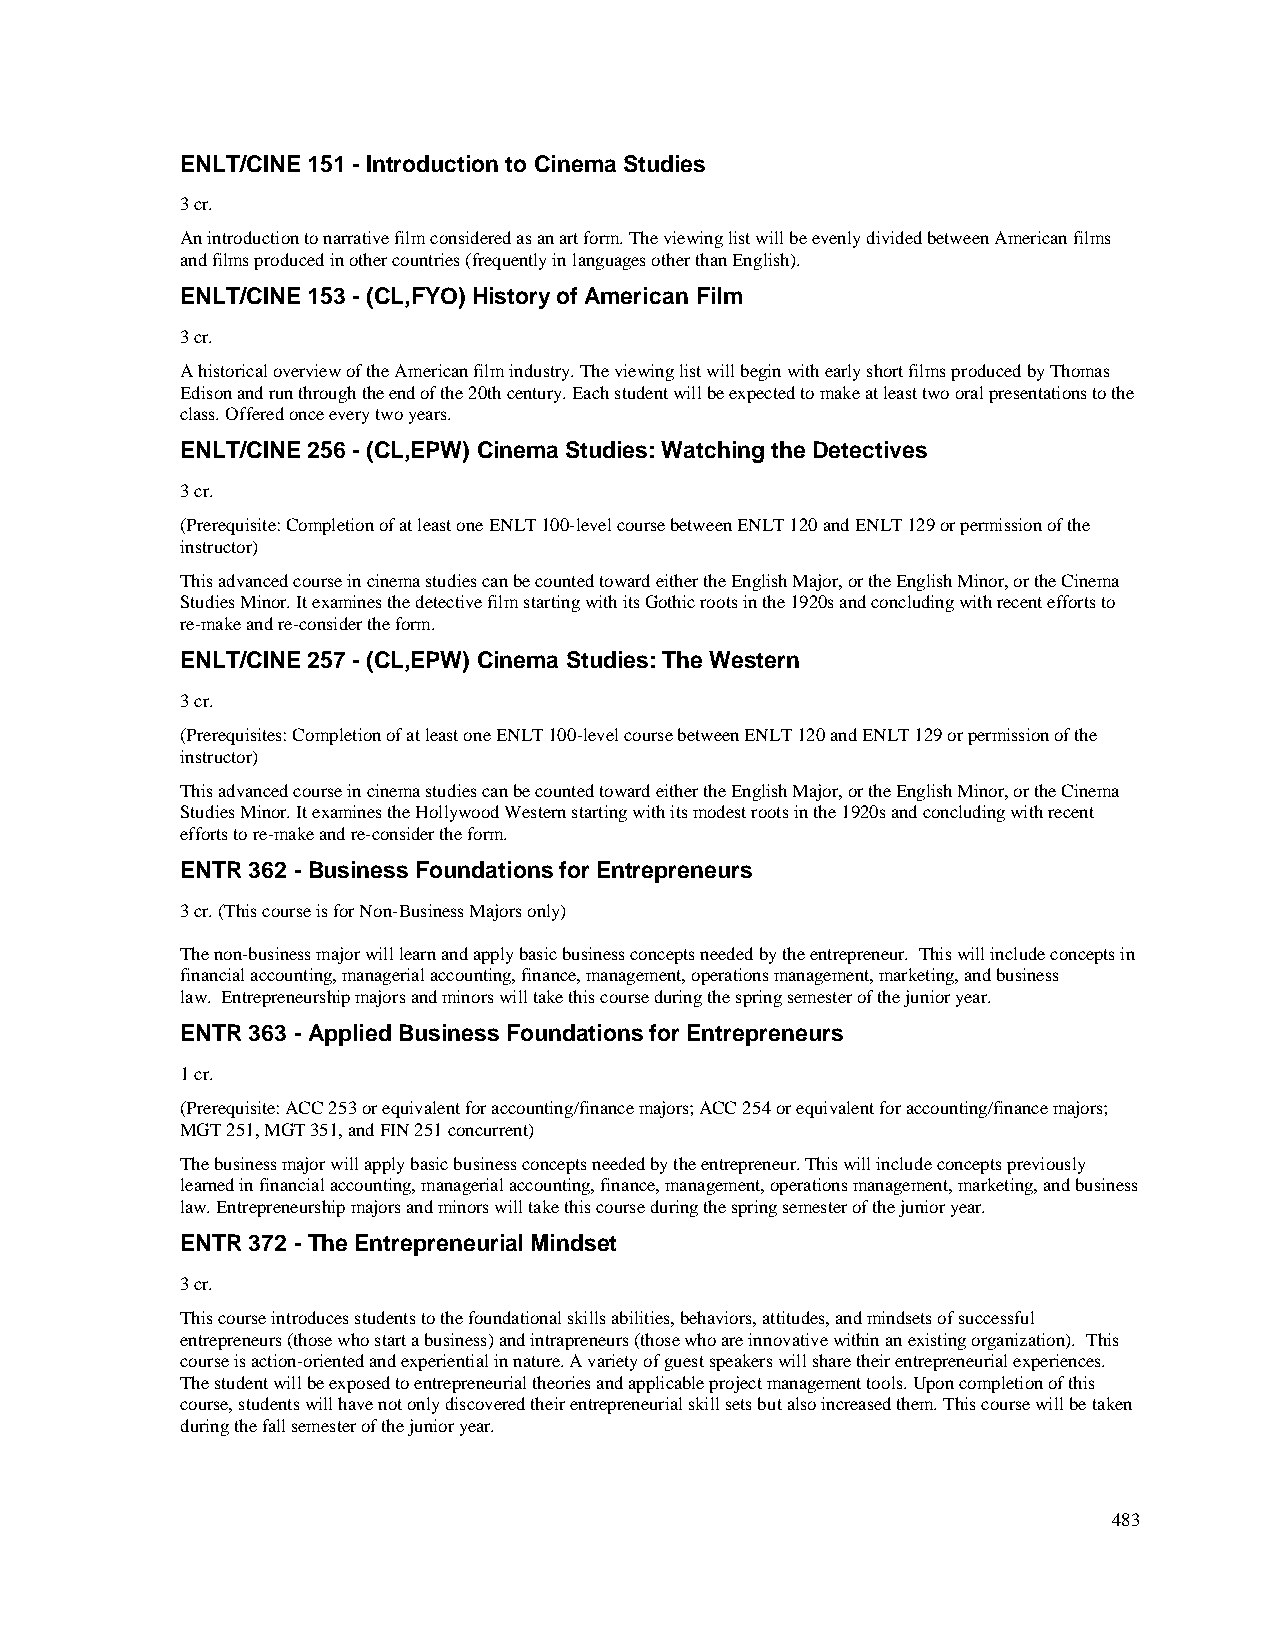
ENLT/CINE 151 - Introduction to Cinema Studies
 3 cr.
 An introduction to narrative film considered as an art form. The viewing list will be evenly divided between American films
 and films produced in other countries (frequently in languages other than English).
 ENLT/CINE 153 - (CL,FYO) History of American Film
 3 cr.
 A historical overview of the American film industry. The viewing list will begin with early short films produced by Thomas
 Edison and run through the end of the 20th century. Each student will be expected to make at least two oral presentations to the
 class. Offered once every two years.
 ENLT/CINE 256 - (CL,EPW) Cinema Studies: Watching the Detectives
 3 cr.
 (Prerequisite: Completion of at least one ENLT 100-level course between ENLT 120 and ENLT 129 or permission of the
 instructor)
 This advanced course in cinema studies can be counted toward either the English Major, or the English Minor, or the Cinema
 Studies Minor. It examines the detective film starting with its Gothic roots in the 1920s and concluding with recent efforts to
 re-make and re-consider the form.
 ENLT/CINE 257 - (CL,EPW) Cinema Studies: The Western
 3 cr.
 (Prerequisites: Completion of at least one ENLT 100-level course between ENLT 120 and ENLT 129 or permission of the
 instructor)
 This advanced course in cinema studies can be counted toward either the English Major, or the English Minor, or the Cinema
 Studies Minor. It examines the Hollywood Western starting with its modest roots in the 1920s and concluding with recent
 efforts to re-make and re-consider the form.
 ENTR 362 - Business Foundations for Entrepreneurs
 3 cr. (This course is for Non-Business Majors only)
 The non-business major will learn and apply basic business concepts needed by the entrepreneur. This will include concepts in
 financial accounting, managerial accounting, finance, management, operations management, marketing, and business
 law. Entrepreneurship majors and minors will take this course during the spring semester of the junior year.
 ENTR 363 - Applied Business Foundations for Entrepreneurs
 1 cr.
 (Prerequisite: ACC 253 or equivalent for accounting/finance majors; ACC 254 or equivalent for accounting/finance majors;
 MGT 251, MGT 351, and FIN 251 concurrent)
 The business major will apply basic business concepts needed by the entrepreneur. This will include concepts previously
 learned in financial accounting, managerial accounting, finance, management, operations management, marketing, and business
 law. Entrepreneurship majors and minors will take this course during the spring semester of the junior year.
 ENTR 372 - The Entrepreneurial Mindset
 3 cr.
 This course introduces students to the foundational skills abilities, behaviors, attitudes, and mindsets of successful
 entrepreneurs (those who start a business) and intrapreneurs (those who are innovative within an existing organization). This
 course is action-oriented and experiential in nature. A variety of guest speakers will share their entrepreneurial experiences.
 The student will be exposed to entrepreneurial theories and applicable project management tools. Upon completion of this
 course, students will have not only discovered their entrepreneurial skill sets but also increased them. This course will be taken
 during the fall semester of the junior year.
 483